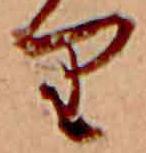
り